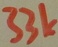
Text: 33k